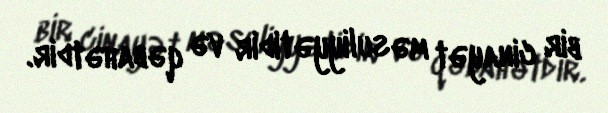
bir cinayət məsuliyyətidir və qəbahətdir.